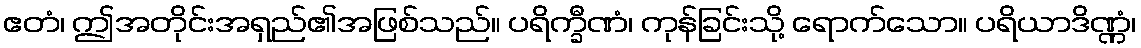
ဧတံ၊ ဤအတိုင်းအရှည်၏အဖြစ်သည်။ ပရိက္ခီဏံ၊ ကုန်ခြင်းသို့ ရောက်သော။ ပရိယာဒိဏ္ဏံ၊